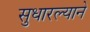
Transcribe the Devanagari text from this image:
सुधारल्याने